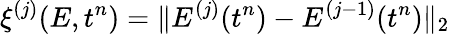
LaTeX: \xi^{(j)}(E,t^{n})=\| E^{(j)}(t^{n})-E^{(j-1)}(t^{n})\| _{2}